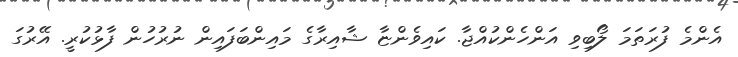
އެންމެ ފުރަތަމަ ލޯބިވި އަންހެންކުއްޖާ. ކައިވެންޏާ ޝާއިރާގެ މައިންބަފައިން ނުރުހުން ފާޅުކުރީ. އޭރުގަ